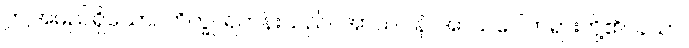
ဤအမည်ရှိသော။ ဘိက္ခု၊ ရဟန်းသည်။ အာသဝါနံ၊ အာသဝေါတရားတို့၏။ ခယာ၊